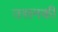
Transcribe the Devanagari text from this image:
उसनकी